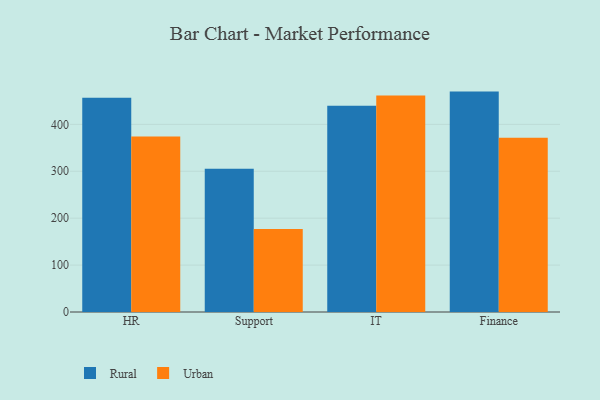
{"axis": {"x": "Department", "y": "Net Income (USD K)"}, "legend": ["Rural", "Urban"], "data": [{"x": "HR", "y": 456.7, "type": "Rural"}, {"x": "HR", "y": 373.9, "type": "Urban"}, {"x": "Support", "y": 305.1, "type": "Rural"}, {"x": "Support", "y": 176.7, "type": "Urban"}, {"x": "IT", "y": 439.4, "type": "Rural"}, {"x": "IT", "y": 461.3, "type": "Urban"}, {"x": "Finance", "y": 469.8, "type": "Rural"}, {"x": "Finance", "y": 371.4, "type": "Urban"}]}